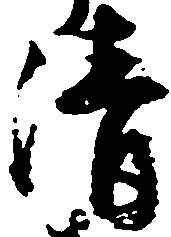
清